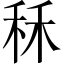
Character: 秝